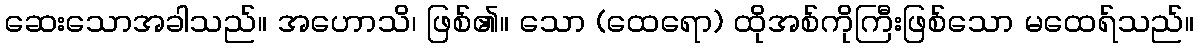
ဆေးသောအခါသည်။ အဟောသိ၊ ဖြစ်၏။ သော (ထေရော) ထိုအစ်ကိုကြီးဖြစ်သော မထေရ်သည်။